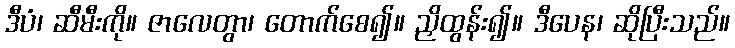
ဒီပံ၊ ဆီမီးကို။ ဇာလေတွာ၊ တောက်စေ၍။ ညှိထွန်း၍။ ဒီပေန၊ ဆိုပြီးသည်။